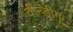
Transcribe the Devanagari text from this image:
वीन्डीगू